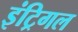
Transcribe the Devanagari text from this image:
इंट्रिगल